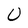
Character: U